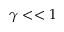
\gamma < < 1